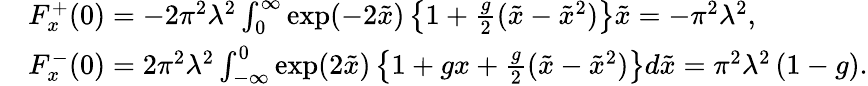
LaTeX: \begin{array}{rl}&{F_{x}^{+}(0)=-2\pi^{2}\lambda^{2}\int_{0}^{\infty}\exp(-2\tilde{x})\left\{ 1+\frac{g}{2}(\tilde{x}-\tilde{x}^{2})\right\} \tilde{x}=-\pi^{2}\lambda^{2},}\\ &{F_{x}^{-}(0)=2\pi^{2}\lambda^{2}\int_{-\infty}^{0}\exp(2\tilde{x})\left\{ 1+gx+\frac{g}{2}(\tilde{x}-\tilde{x}^{2})\right\} d\tilde{x}=\pi^{2}\lambda^{2}\left(1-g\right).}\end{array}